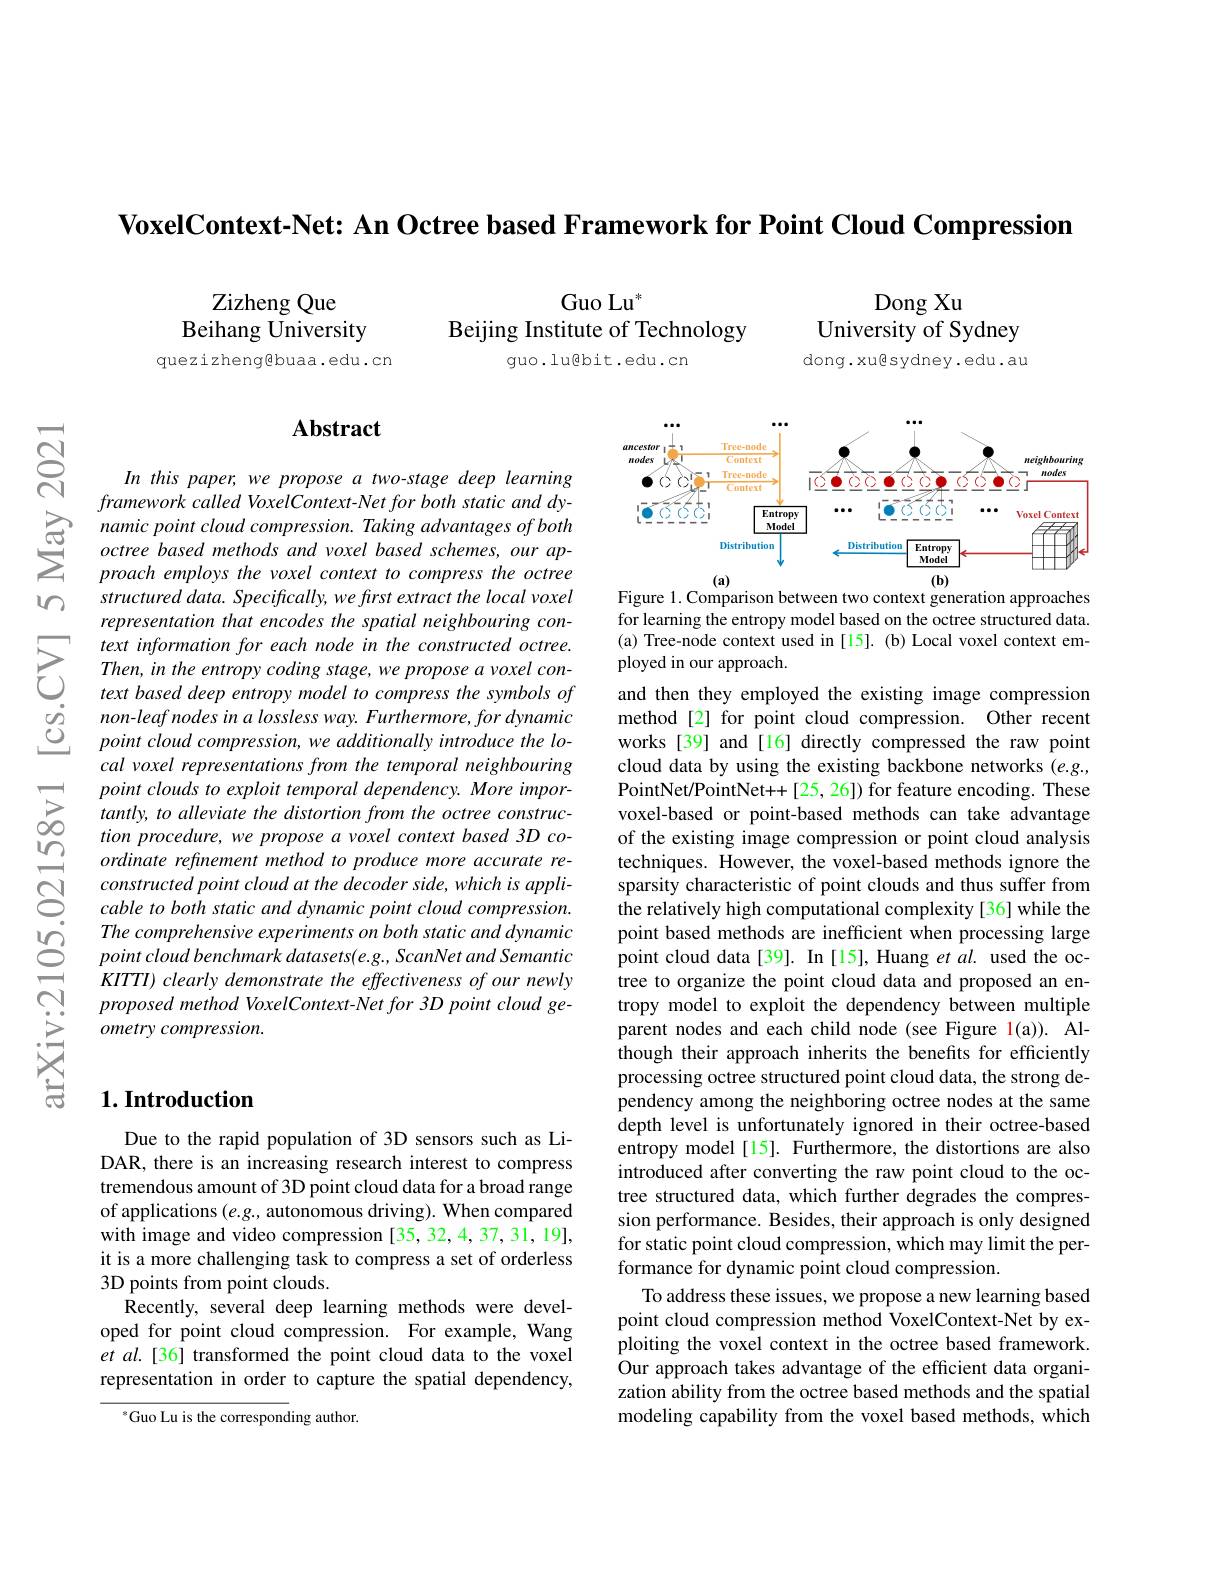
$\textbf{VoxelContext- Net: An Octree based Framework for Point Cloud Compression}$

$w$

$ন্ল$

Dong Xu
University of Sydney

Guo Lu$^*$
Beijing Institute of Technology
guo.lu@bit.edu.cn

Zizheng Que
Beihang University
quezizhenggbuaa.edu.cn

dong.xu@sydney.edu.au

## $\mathbf{Abstract}$

<FigureHere>

Figure 1. Comparison between two context generation approaches for learning the entropy model based on the octree structured data. (a) Tree-node context used in [15]. (b) Local voxel context em-
$\sum_{\begin{aligned}&text\:information\:for\:each\:node\:in\:the\:constructed\:octree.\\&Then,in\:the\:entropy\:coding\:stage,we\:propose\:a\:voxel\:con-\\&text\:based\:deep\:entropy\:model\:to\:compress\:the\:symbols\:of\:\mathrm{and~then~they~emplo}\end{aligned}}$

In this paper, we propose a two-stage deep learning $framework\textit{called VoxelContext- Net for both static and dy- }$
$\sum _{i= 1}^{\infty }$ namic point cloud compression. Tak
structured data. Specifically, we first extract the local voxel representation that encodes the spatial neighbouring con-
$\begin{array}{ccc}\dot{O}&\text{non-leaf nodes in a lossless way. F}\end{array}$
cal voxel representations from the temporal neighbouring point clouds to exploit temporal dependency. More importantly, to alleviate the distortion from the octree construction procedure, we propose a voxel context based 3D coordinate refinement method to produce more accurate re- $constructedpointcloudatthedecoderside,whichisappli-$ cable to both static and dynamic point cloud compression. The comprehensive experiments on both static and dynamic point cloud benchmark datasets(e.g., ScanNet and Semantic KITTI) clearly demonstrate the effectiveness of our newly proposed method VoxelContext-Net for 3D point cloud ge- $ometry\textit{compression}.$

and then they employed the existing image compression method[2] for point cloud compression. Other recent works [39] and [16] directly compressed the raw point cloud data by using the existing backbone networks $(e.g.$, PointNet/PointNet++[25,26]) for feature encoding. These voxel-based or point-based methods can take advantage of the existing image compression or point cloud analysis techniques. However, the voxel-based methods ignore the sparsity characteristic of point clouds and thus suffer from the relatively high computational complexity[36] while the point based methods are inefficient when processing large point cloud data[39]. In [15], Huang et al. used the octree to organize the point cloud data and proposed an entropy model to exploit the dependency between multiple parent nodes and each child node (see Figure 1(a)). Although their approach inherits the benefits for efficiently processing octree structured point cloud data, the strong dependency among the neighboring octree nodes at the same depth level is unfortunately ignored in their octree-based entropy model[15]. Furthermore, the distortions are also introduced after converting the raw point cloud to the octree structured data, which further degrades the compression performance. Besides, their approach is only designed for static point cloud compression, which may limit the performance for dynamic point cloud compression.
To address these issues, we propose a new learning based point cloud compression method VoxelContext-Net by exploiting the voxel context in the octree based framework. Our approach takes advantage of the efficient data organization ability from the octree based methods and the spatial modeling capability from the voxel based methods, which

### $1. \textbf{Introduction}$

Due to the rapid population of 3D sensors such as LiDAR, there is an increasing research interest to compress tremendous amount of 3D point cloud data for a broad range of applications $(e.g.$, autonomous driving). When compared with image and video compression [35, 32, 4, 37, 31, 19], it is a more challenging task to compress a set of orderless 3D points from point clouds.
Recently, several deep learning methods were developed for point cloud compression. For example, Wang et al.[36] transformed the point cloud data to the voxel representation in order to capture the spatial dependency,

$^{*}$Guo Lu is the corresponding author.